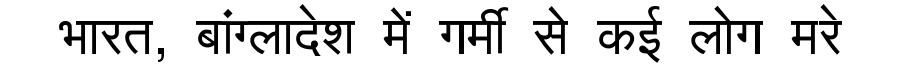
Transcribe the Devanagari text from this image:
भारत, बांग्लादेश में गर्मी से कई लोग मरे